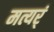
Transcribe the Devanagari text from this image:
मत्यर्ं